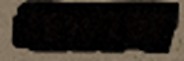
গ্রামসভা